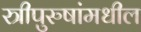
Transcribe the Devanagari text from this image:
स्त्रीपुरुषांमधील